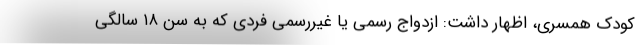
کودک همسری، اظهار داشت: ازدواج رسمی یا غیررسمی فردی که به سن ۱۸ سالگی